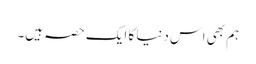
ہم بھی اس دنیا کا ایک حصہ ہیں۔